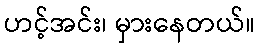
ဟင့်အင်း၊ မှားနေတယ်။